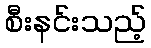
စီးနင်းသည့်